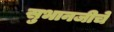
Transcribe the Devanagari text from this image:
सुभानजीचे